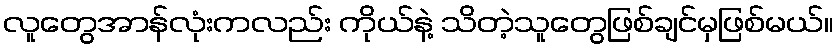
လူတွေအာန်လုံးကလည်း ကိုယ်နဲ့ သိတဲ့သူတွေဖြစ်ချင်မှဖြစ်မယ်။